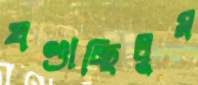
খণ্ডাচ্ছিলুম